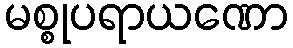
မစ္စုပရာယဏော